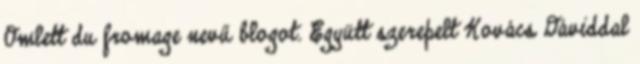
Omlett du fromage nevű blogot. Együtt szerepelt Kovács Dáviddal